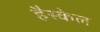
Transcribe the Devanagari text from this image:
हैस्केल